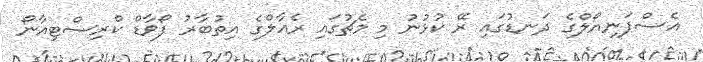
އެސްޕަނިޔޯލްގެ ދަނޑުގައި ރޭ ކުޅުނު މި މެޗުގައި ރެއާލްގެ އިތުބާރު ފޯވާޑް ކްރިސްޓިއާނޯ